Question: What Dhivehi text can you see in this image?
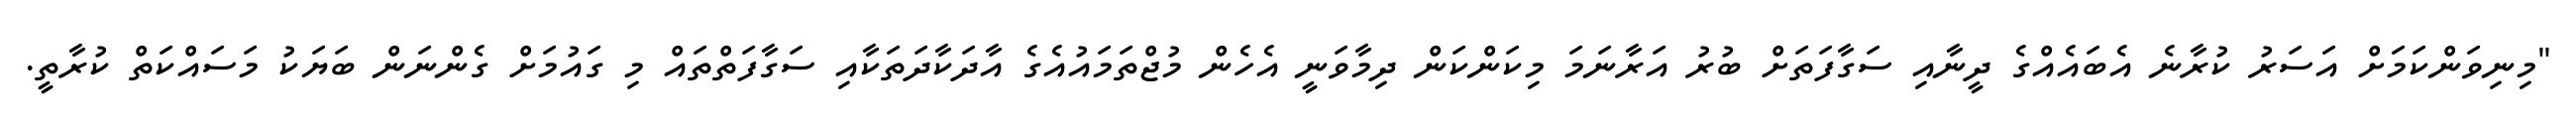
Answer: "މިނިވަންކަމަށް އަސަރު ކުރާނެ އެބައެއްގެ ދީނާއި ސަގާފަތަށް ބުރު އަރާނަމަ މިކަންކަން ދިމާވަނީ އެހެން މުޖްތަމައުއެގެ އާދަކާދަތަކާއި ސަގާފަތްތައް މި ގައުމަށް ގެންނަން ބަޔަކު މަސައްކަތް ކުރާތީ.